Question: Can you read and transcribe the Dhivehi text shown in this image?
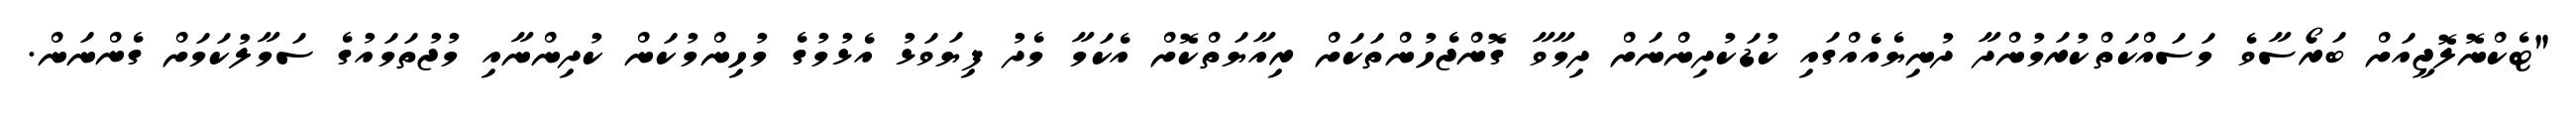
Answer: "ޓެކްނޮލޮޖީއަށް ބަރޯސާވެ މަސައްކަތްކުރަމުންދާ ދުނިޔެއެެއްގައި ކުޑަކުދިންނަށް ދިމާވާ ގޮންޖެހުންތަކަށް ރިއާޔަތްކޮށް އެކަމާ މެދު ފިޔަވަޅު އެޅުމުގެ މުހިންމުކަން ކުދިންނާއި މުޖުތަމައުގެ ސަމާލުކަމަށް ގެންނަން.